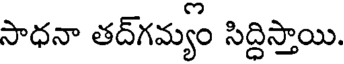
సాధనా తద్గమ్యం సిద్దిస్తాయి.